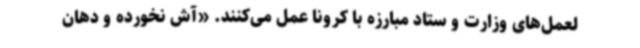
لعمل‌های وزارت و ستاد مبارزه با کرونا عمل می‌کنند. «آش نخورده و دهان